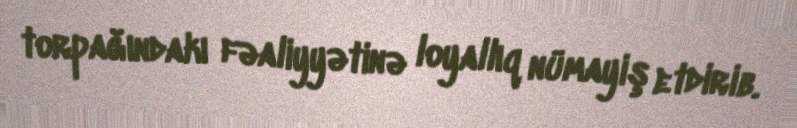
torpağındakı fəaliyyətinə loyallıq nümayiş etdirib.